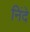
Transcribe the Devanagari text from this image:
निंदे